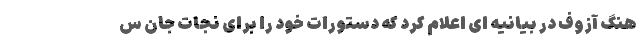
هنگ آزوف در بیانیه ای اعلام کرد که دستورات خود را برای نجات جان س